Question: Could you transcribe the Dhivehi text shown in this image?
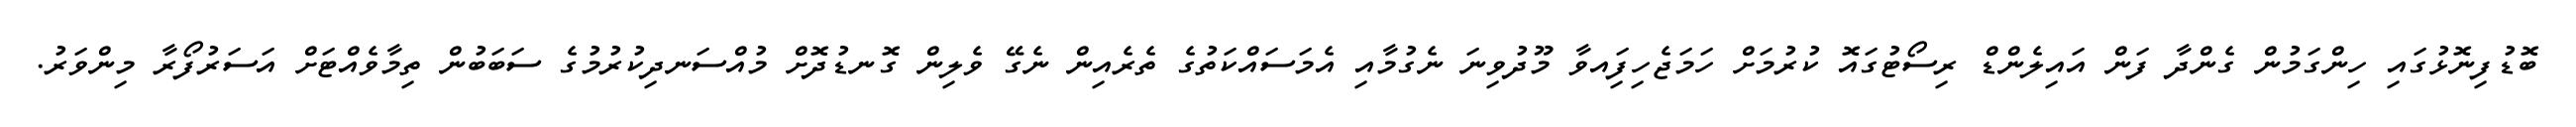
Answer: ބޮޑުފިނޮޅުގައި ހިންގަމުން ގެންދާ ފަން އައިލެންޑް ރިސޯޓުގައޮ ކުރުމަށް ހަމަޖެހިފަިއވާ މޫދުވިނަ ނެގުމާއި އެމަސައްކަތުގެ ތެރެއިން ނެގޭ ވެލިން ގޮނޑުދޮށް މުއްސަނދިކުރުމުގެ ސަބަބުން ތިމާވެއްޓަށް އަސަރުފޯރާ މިންވަރު.